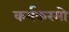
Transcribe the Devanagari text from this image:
कर्यकरमो